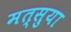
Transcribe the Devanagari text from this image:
मत्सुया